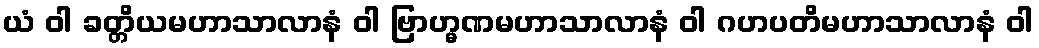
ယံ ဝါ ခတ္တိယမဟာသာလာနံ ဝါ ဗြာဟ္မဏမဟာသာလာနံ ဝါ ဂဟပတိမဟာသာလာနံ ဝါ